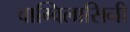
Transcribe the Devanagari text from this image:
वाग्विलासिनी